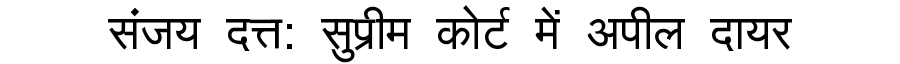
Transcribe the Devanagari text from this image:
संजय दत्त: सुप्रीम कोर्ट में अपील दायर